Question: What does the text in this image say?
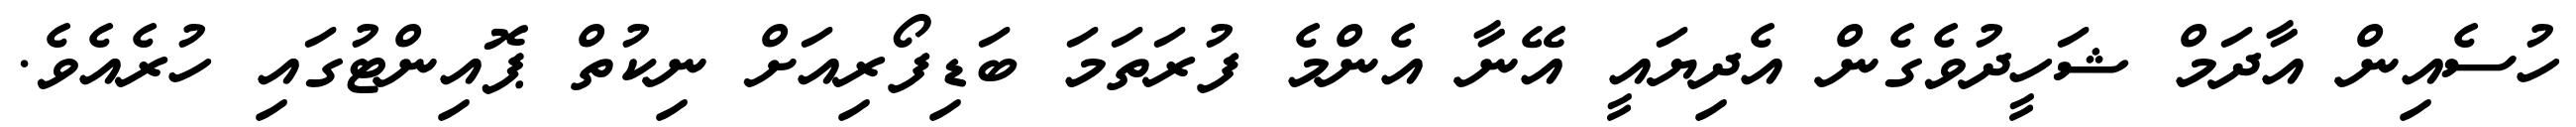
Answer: ހުސެއިން އާދަމް ޝަހީދުވެގެން އެދިޔައީ އޭނާ އެންމެ ފުރަތަމަ ބަޑިފޯރިއަށް ނިކުތް ޕޮއިންޓުގައި ހުރެއެވެ.